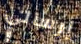
إرسالي